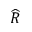
\widehat { R }